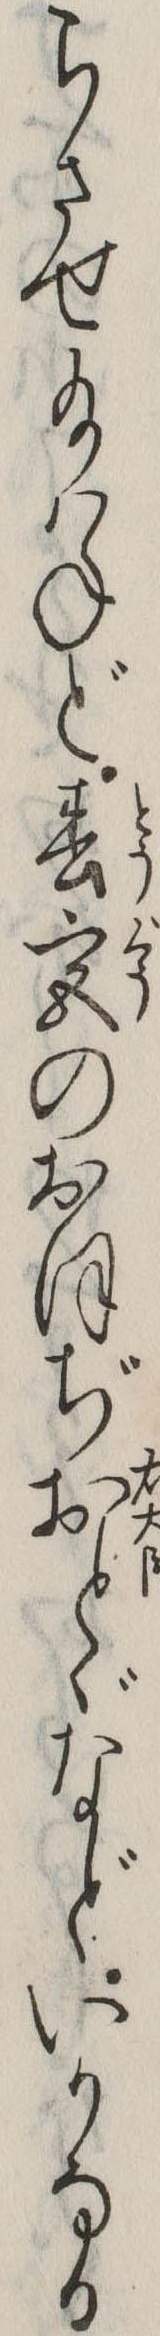
らさせ給はねど春宮のおほぢおとゞなどいかなる